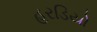
હરડિયો